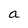
Character: a